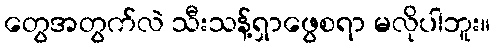
တွေအတွက်လဲ သီးသန့်ရှာဖွေစရာ မလိုပါဘူး။